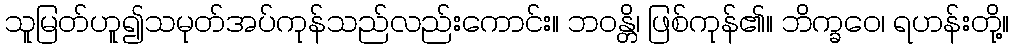
သူမြတ်ဟူ၍သမုတ်အပ်ကုန်သည်လည်းကောင်း။ ဘဝန္တိ၊ ဖြစ်ကုန်၏။ ဘိက္ခဝေ၊ ရဟန်းတို့။